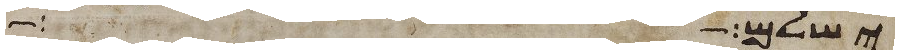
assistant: ישלם אחד